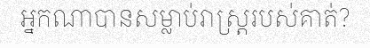
អ្នកណាបានសម្លាប់រាស្ត្ររបស់គាត់?